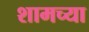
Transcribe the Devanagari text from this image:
शामच्या